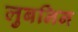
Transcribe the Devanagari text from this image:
लुबनिन